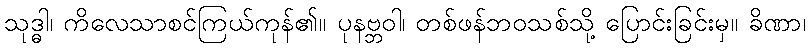
သုဒ္ဓါ၊ ကိလေသာစင်ကြယ်ကုန်၏။ ပုနဗ္ဘဝါ၊ တစ်ဖန်ဘဝသစ်သို့ ပြောင်းခြင်းမှ။ ခိဏာ၊